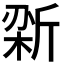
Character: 𫿼